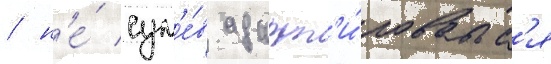
/ н'е́ сум'е́в адапт'и́роватьс'я